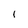
Character: 1